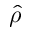
\hat { \rho }